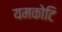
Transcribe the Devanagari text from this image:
यमकोटि